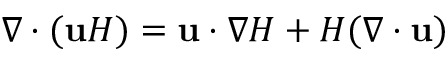
\nabla \cdot ( \mathbf { u } H ) = \mathbf { u } \cdot \nabla H + H ( \nabla \cdot \mathbf { u } )